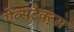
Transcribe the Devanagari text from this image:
ऐब्सट्रैक्ट्स